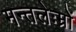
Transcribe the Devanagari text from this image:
मन्तलेःम्रों